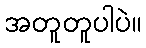
အတူတူပါပဲ။